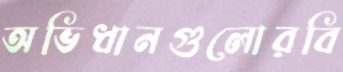
অভিধানগুলোরবি